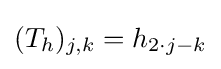
(T_{h})_{j,k}=h_{2\cdot j-k}